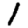
Digit: 1